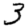
Digit: 3